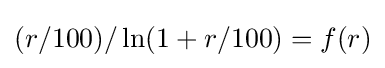
(r/100)/\ln(1+r/100)=f(r)